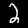
Digit: 2